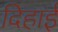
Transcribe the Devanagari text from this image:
दिहाई